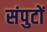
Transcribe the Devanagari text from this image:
संपुटों